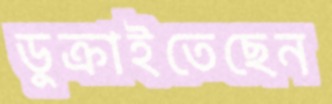
ডুক্‌রাইতেছেন